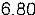
6.80